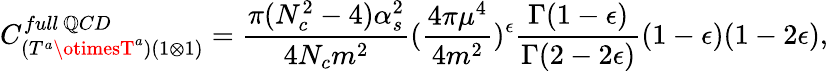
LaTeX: C_{(T^{a}\otimesT^{a})(1\otimes1)}^{full~\mathbb{Q}CD}=\frac{{\pi(N_{c}^{2}-4)\alpha_{s}^{2}}}{{4N_{c}m^{2}}}(\frac{{4\pi\mu^{4}}}{{4m^{2}}})^{\epsilon}\frac{{\Gamma(1-\epsilon)}}{{\Gamma(2-2\epsilon)}}(1-\epsilon)(1-2\epsilon),